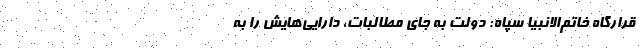
قرارگاه خاتم‌الانبیا سپاه: دولت به جای مطالبات، دارایی‌هایش را به